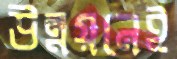
উন্নয়নেই